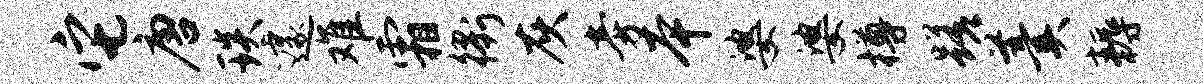
它唐琰遽难霜衢灰旁本婆婆樽蹉羹耨